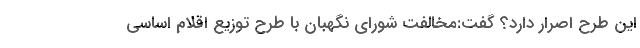
این طرح اصرار دارد؟ گفت:مخالفت شورای نگهبان با طرح توزیع اقلام اساسی